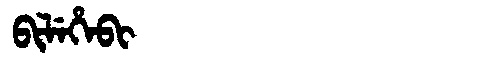
Manchu: ᠪᡳᠯᡝᡥᡝᠪᡳ
Romanization: BILEHEBI